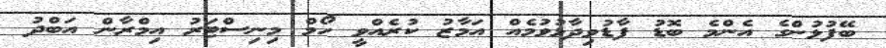
ބޭފުޅުންގެ އެންމެ ބޮޑު ފާޑުވިދާޅުވުމެއް އަމާޒު ކުރެއްވީ ހޯމް މިނިސްޓަރު އިމްރާން އަބްދު